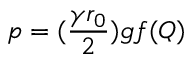
p = ( \frac { \gamma r _ { 0 } } { 2 } ) g f ( Q )